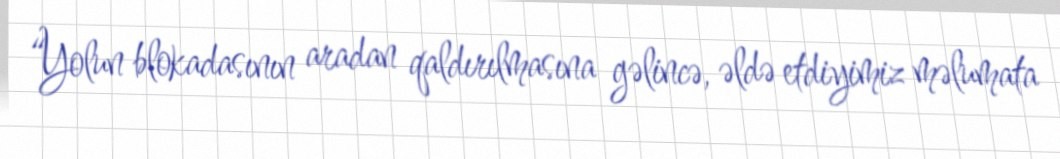
“Yolun blokadasının aradan qaldırılmasına gəlincə, əldə etdiyimiz məlumata